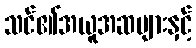
သင်၏အယူအဆများနှင့်